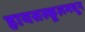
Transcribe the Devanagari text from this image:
हायसस्कूलमधून